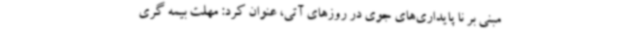
مبنی بر نا پایداری‌های جوی در روزهای آتی، عنوان کرد: مهلت بیمه گری